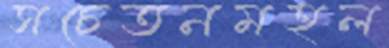
সচেতনমহল